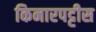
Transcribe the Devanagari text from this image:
किनारपट्टीस